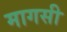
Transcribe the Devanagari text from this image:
मागसी